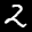
Label: 2